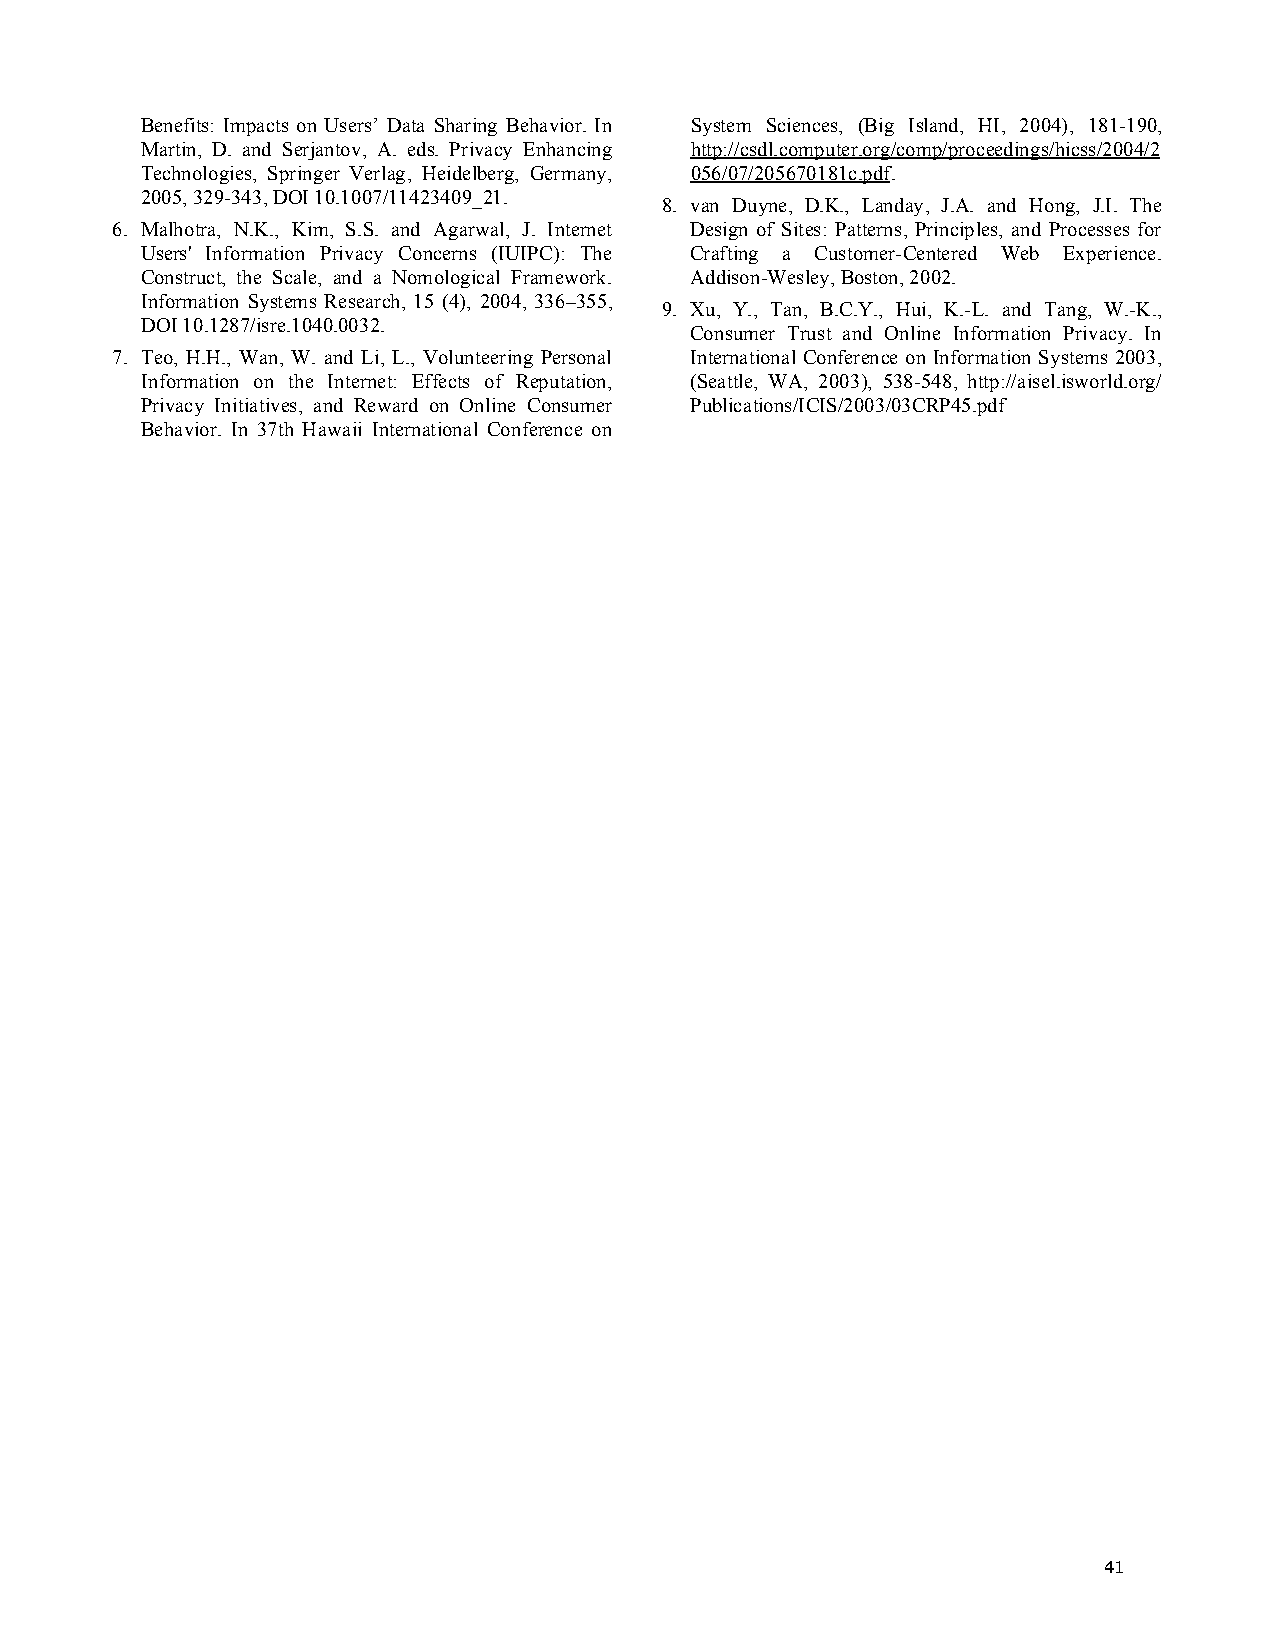
Benefits: Impacts on Users’ Data Sharing Behavior. In System Sciences, (Big Island, HI, 2004), 181-190,
 Martin, D. and Serjantov, A. eds. Privacy Enhancing http://csdl.computer.org/comp/proceedings/hicss/2004/2
 Technologies, Springer Verlag, Heidelberg, Germany, 056/07/205670181c.pdf.
 2005, 329-343, DOI 10.1007/11423409_21.
 8. van Duyne, D.K., Landay, J.A. and Hong, J.I. The
 6. Malhotra, N.K., Kim, S.S. and Agarwal, J. Internet Design of Sites: Patterns, Principles, and Processes for
 Users' Information Privacy Concerns (IUIPC): The Crafting a Customer-Centered Web Experience.
 Construct, the Scale, and a Nomological Framework. Addison-Wesley, Boston, 2002.
 Information Systems Research, 15 (4), 2004, 336–355,
 9. Xu, Y., Tan, B.C.Y., Hui, K.-L. and Tang, W.-K.,
 DOI 10.1287/isre.1040.0032.
 Consumer Trust and Online Information Privacy. In
 7. Teo, H.H., Wan, W. and Li, L., Volunteering Personal International Conference on Information Systems 2003,
 Information on the Internet: Effects of Reputation, (Seattle, WA, 2003), 538-548, http://aisel.isworld.org/
 Privacy Initiatives, and Reward on Online Consumer Publications/ICIS/2003/03CRP45.pdf
 Behavior. In 37th Hawaii International Conference on
 41